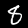
Digit: 8